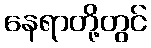
နေရာတို့တွင်